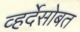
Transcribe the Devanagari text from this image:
व्हर्देसोबत